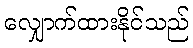
လျှောက်ထားနိုင်သည်